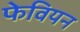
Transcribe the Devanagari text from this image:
फेवियन